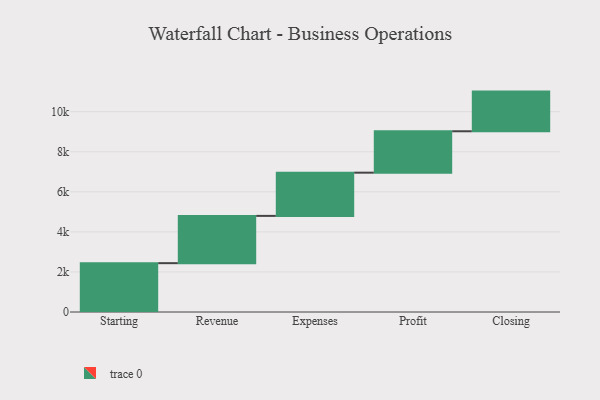
{"axis": {"x": "Step", "y": "Value"}, "legend": [""], "data": [{"x": "Starting", "y": 2438.0, "type": ""}, {"x": "Revenue", "y": 2360.0, "type": ""}, {"x": "Expenses", "y": 2158.0, "type": ""}, {"x": "Profit", "y": 2067.0, "type": ""}, {"x": "Closing", "y": 1980.0, "type": ""}]}